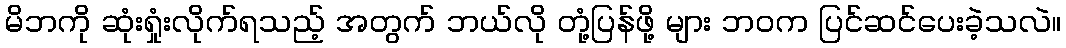
မိဘကို ဆုံးရှုံးလိုက်ရသည့် အတွက် ဘယ်လို တုံ့ပြန်ဖို့ များ ဘဝက ပြင်ဆင်ပေးခဲ့သလဲ။